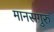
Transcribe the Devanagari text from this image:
मानसगुरु